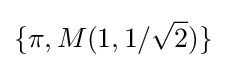
\{\pi ,M(1,1/{\sqrt {2}})\}